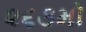
૨૬૩મો